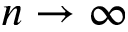
n \to \infty